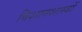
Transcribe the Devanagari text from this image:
विशानशास्त्रों